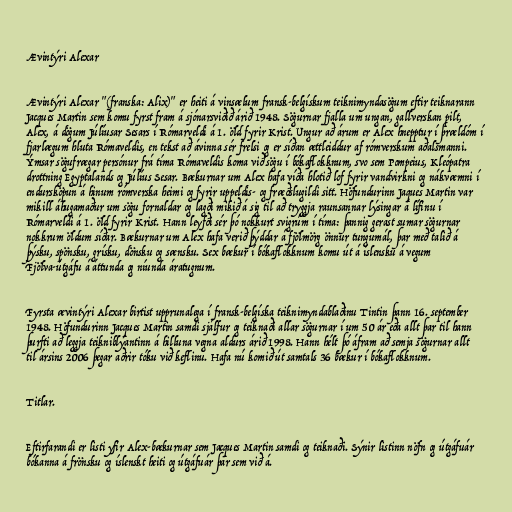
Ævintýri Alexar

Ævintýri Alexar "(franska: Alix)" er heiti á vinsælum fransk-belgískum teiknimyndasögum eftir teiknarann
Jacques Martin sem komu fyrst fram á sjónarsviðið árið 1948. Sögurnar fjalla um ungan, gallverskan pilt,
Alex, á dögum Júlíusar Sesars í Rómarveldi á 1. öld fyrir Krist. Ungur að árum er Alex hnepptur í þrældóm í
fjarlægum hluta Rómaveldis, en tekst að ávinna sér frelsi og er síðan ættleiddur af rómverskum aðalsmanni.
Ýmsar sögufrægar persónur frá tíma Rómaveldis koma við sögu í bókaflokknum, svo sem Pompeius, Kleópatra
drottning Egyptalands og Júlíus Sesar. Bækurnar um Alex hafa víða hlotið lof fyrir vandvirkni og nákvæmni í
endursköpun á hinum rómverska heimi og fyrir uppeldis- og fræðslugildi sitt. Höfundurinn Jaques Martin var
mikill áhugamaður um sögu fornaldar og lagði mikið á sig til að tryggja raunsannar lýsingar á lífinu í
Rómarveldi á 1. öld fyrir Krist. Hann leyfði sér þó nokkurt svigrúm í tíma: þannig gerast sumar sögurnar
nokkrum öldum síðar. Bækurnar um Alex hafa verið þýddar á fjölmörg önnur tungumál, þar með talið á
þýsku, spönsku, grísku, dönsku og sænsku. Sex bækur í bókaflokknum komu út á íslensku á vegum
Fjölva-útgáfu á áttunda og níunda áratugnum.

Fyrsta ævintýri Alexar birtist upprunalega í fransk-belgíska teiknimyndablaðinu Tintin þann 16. september
1948. Höfundurinn Jacques Martin samdi sjálfur og teiknaði allar sögurnar í um 50 ár eða allt þar til hann
þurfti að leggja teikniblýantinn á hilluna vegna aldurs árið 1998. Hann hélt þó áfram að semja sögurnar allt
til ársins 2006 þegar aðrir tóku við keflinu. Hafa nú komið út samtals 36 bækur í bókaflokknum.

Titlar.

Eftirfarandi er listi yfir Alex-bækurnar sem Jacques Martin samdi og teiknaði. Sýnir listinn nöfn og útgáfuár
bókanna á frönsku og íslenskt heiti og útgáfuár þar sem við á.